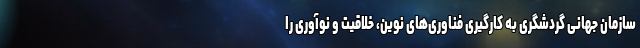
سازمان جهانی گردشگری به کارگیری فناوری‌های نوین، خلاقیت و نوآوری را